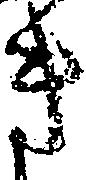
き